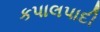
કપાલપાદી